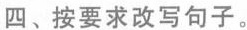
四、按要求改写句子。